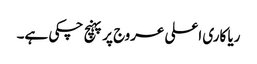
ریا کاری اعلی عروج پر پہنچ چکی ہے۔